Election expenses, 1928, 1928
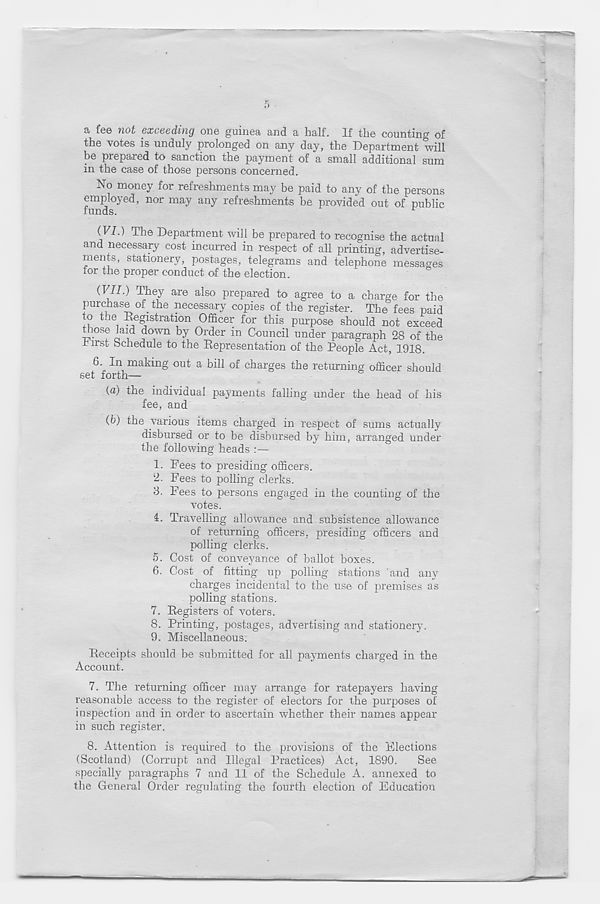
5
a fee not exceeding one guinea and a half. If the counting of
the votes is unduly prolonged on any day, the Department will
be prepared to sanction the payment of a small additional sum
in the case of those persons concerned.
No money for refreshments may be paid to any of the persons
employed, nor may any refreshments be provided out of public
funds.
i
(VI.) The Department will be prepared to recognise the actual
and necessary cost incurred in respect of all printing, advertise-
ments, stationery, postages, telegrams and telephone messages
tor the proper conduct of the election.
(VII.) They are also prepared to agree to a charge for the
purchase of the necessary copies of the register. The fees paid
to the Registration Officer for this purpose should not exceed
those laid down by Order in Council under paragraph 28 of the
first schedule to the Representation of the People Act, 1918.
6.
In making out a bill of charges the returning office
set forth—
(а) the individual payments falling under the head of his
fee, and
(б) the various items charged in respect of sums actually
disbursed or to be disbursed by him, arranged under
the following heads :—
1. Fees to presiding officers.
2. Fees to polling clerks.
3. Fees to persons engaged in the counting of the
votes.
1. Travelling allowance and subsistence allowance
of returning officers, presiding officers and
polling clerks.
5. Cost of conveyance of ballot boxes.
6. Cost of fitting up polling stations and any
charges incidental to the use of premises as
polling stations.
7. Registers of voters.
8. Printing, postages, advertising and stationery.
9. Miscellaneous.
Receipts should be submitted for all payments charged in the
Account.
7. The returning officer may arrange for ratepayers having
reasonable access to the register of electors for the purposes of
inspection and in order to ascertain whether their names appear
in such register.
8. Attention is required to the provisions of the Flections
(Scotland) (Corrupt and Illegal Practices) Act, 1890.
See
specially paragraphs 7 and 11 of the Schedule A. annexed to
the General Order regulating the fourth election of Education